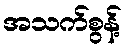
အသက်စွန့်